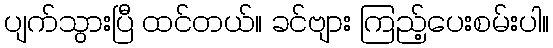
ပျက်သွားပြီ ထင်တယ်။ ခင်ဗျား ကြည့်ပေးစမ်းပါ။